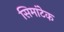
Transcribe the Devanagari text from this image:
सिमांटेक